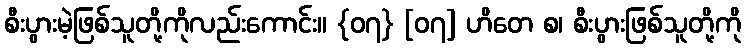
စီးပွားမဲ့ဖြစ်သူတို့ကိုလည်းကောင်း။ {၀၇} [၀၇] ဟိတေ စ၊ စီးပွားဖြစ်သူတို့ကို